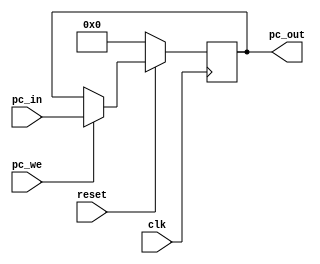
`timescale 1ns / 1ps
//////////////////////////////////////////////////////////////////////////////////
// Company: 
// Engineer: 
// 
// Design Name: 
// Module Name:    pc 
// Project Name: 
// Target Devices: 
// Tool versions: 
// Description: 
//
// Dependencies: 
//
// Revision: 
// Revision 0.01 - File Created
// Additional Comments: 
//
//////////////////////////////////////////////////////////////////////////////////
module pc(clk, pc_in, pc_we, reset, pc_out);

  input wire clk, pc_we, reset;
  input wire [31:0] pc_in;
  output reg [31:0] pc_out;
  
  
  
  always @(posedge clk) begin
    if (~reset) begin
      pc_out <= 32'b0;
    end else if (pc_we) begin
      pc_out <= pc_in;
    end else if (!pc_we) begin
      pc_out <= pc_out;
    end
  end
endmodule